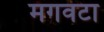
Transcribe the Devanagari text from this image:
मगवटा